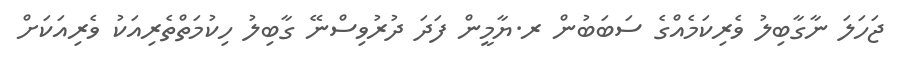
ޖަހަލަ ނާގާބިލު ވެރިކަމެއްގެ ސަބަބުން ރ.ޔާމީން ފަދަ ދުރުވިސްނޭ ގާބިލު ހިކުމަތްތެރިއަކު ވެރިއަކަށް